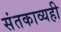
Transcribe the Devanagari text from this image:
संतकाव्यही